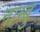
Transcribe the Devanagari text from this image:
नाम्बु